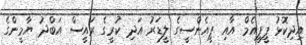
އިދިކޮޅު ޕީޕީއެމް އާއި ޕީއެންސީގެ ލީޑަރު އަދި ކުރީގެ ރައީސް އަބްދު ޔާމީންގެ